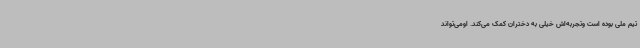
تیم ملی بوده است وتجربه‌اش خیلی به دختران کمک می‌کند. اومی‌تواند